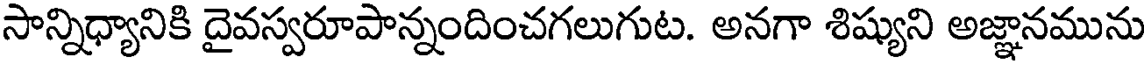
సాన్నిధ్యానికి దైవస్వరూపాన్నందించగలుగుట. అనగా శిష్యుని అజ్ఞానమును